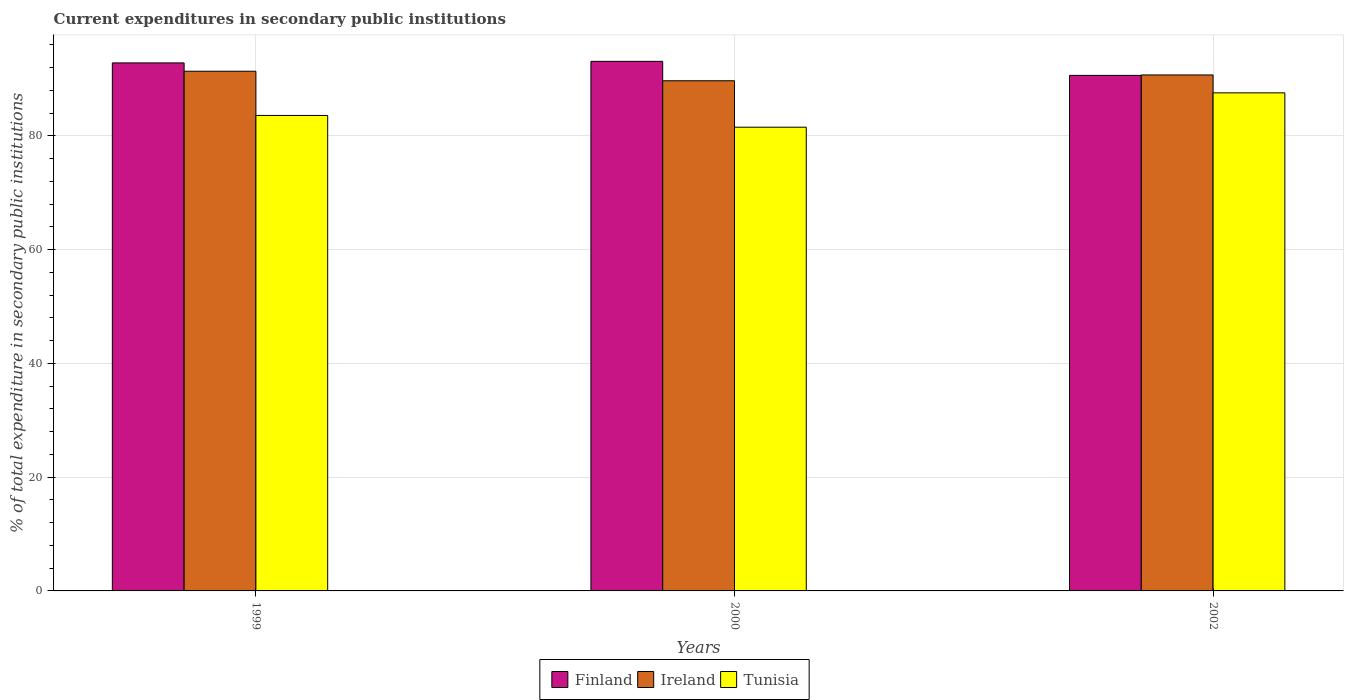
| Years | Finland | Ireland | Tunisia |
 | --- | --- | --- | --- |
 | 1999 | 92.8 | 91.4 | 83.6 |
 | 2000 | 93.1 | 89.7 | 81.5 |
 | 2002 | 90.6 | 90.7 | 87.6 |